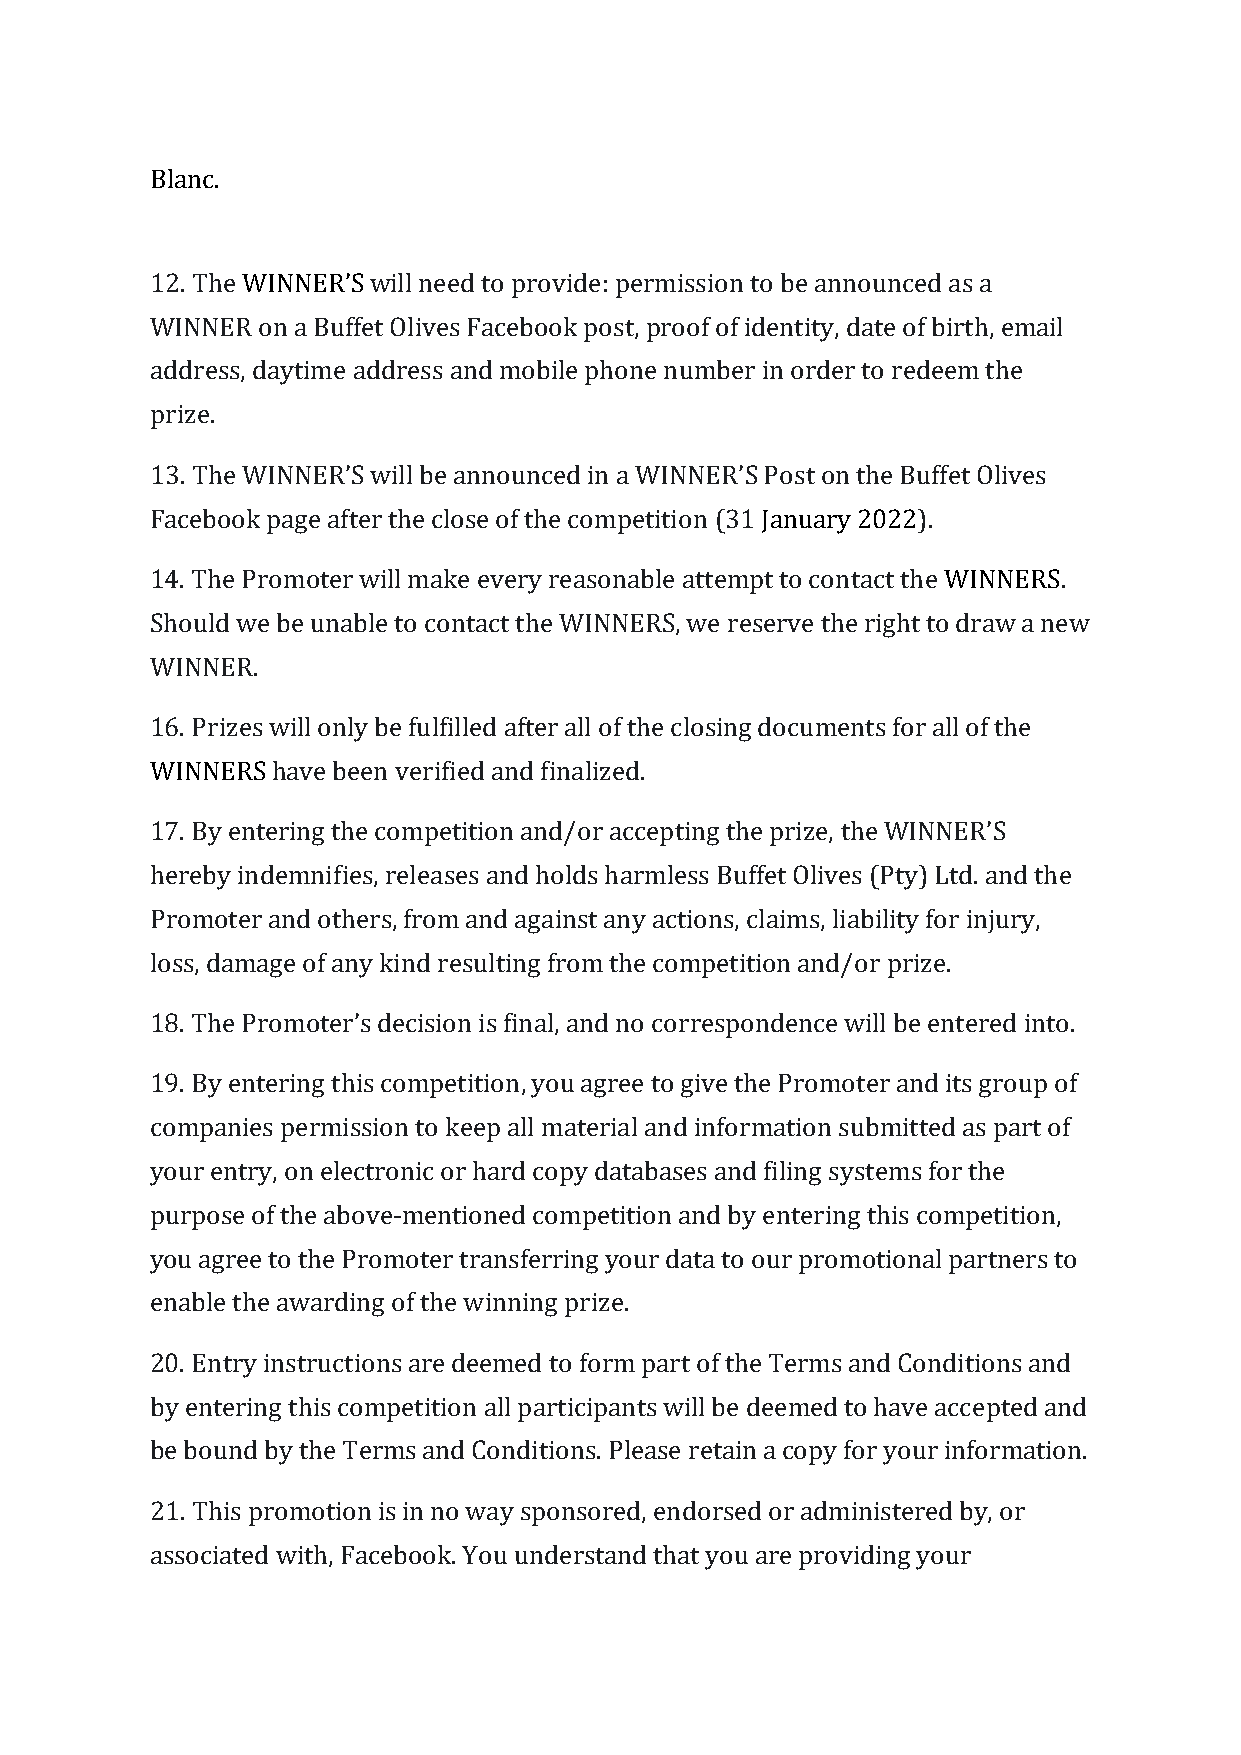
Blanc.
 12. The WINNER’S will need to provide: permission to be announced as a
 WINNER on a Buffet Olives Facebook post, proof of identity, date of birth, email
 address, daytime address and mobile phone number in order to redeem the
 prize.
 13. The WINNER’S will be announced in a WINNER’S Post on the Buffet Olives
 Facebook page after the close of the competition (31 January 2022).
 14. The Promoter will make every reasonable attempt to contact the WINNERS.
 Should we be unable to contact the WINNERS, we reserve the right to draw a new
 WINNER.
 16. Prizes will only be fulfilled after all of the closing documents for all of the
 WINNERS have been verified and finalized.
 17. By entering the competition and/or accepting the prize, the WINNER’S
 hereby indemnifies, releases and holds harmless Buffet Olives (Pty) Ltd. and the
 Promoter and others, from and against any actions, claims, liability for injury,
 loss, damage of any kind resulting from the competition and/or prize.
 18. The Promoter’s decision is final, and no correspondence will be entered into.
 19. By entering this competition, you agree to give the Promoter and its group of
 companies permission to keep all material and information submitted as part of
 your entry, on electronic or hard copy databases and filing systems for the
 purpose of the above-mentioned competition and by entering this competition,
 you agree to the Promoter transferring your data to our promotional partners to
 enable the awarding of the winning prize.
 20. Entry instructions are deemed to form part of the Terms and Conditions and
 by entering this competition all participants will be deemed to have accepted and
 be bound by the Terms and Conditions. Please retain a copy for your information.
 21. This promotion is in no way sponsored, endorsed or administered by, or
 associated with, Facebook. You understand that you are providing your